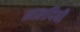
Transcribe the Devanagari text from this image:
लालदिघी